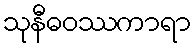
သုနီဓဝဿကာရာ